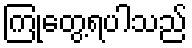
ကြုံတွေ့ရပါသည်